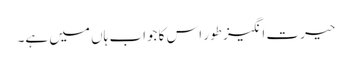
حیرت انگیز طور اس کا جواب ہاں میں ہے۔